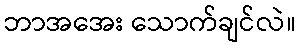
ဘာအအေး သောက်ချင်လဲ။